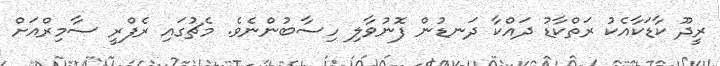
ރީދޫ ކާޑަކާއެކު ރަތްކާޑު ދައްކާ ދަނޑުން ފޮނުވާލި ހިސާބުންނެވެ. މެޗުގައި ރެފްރީ ސާމިރްއަށް